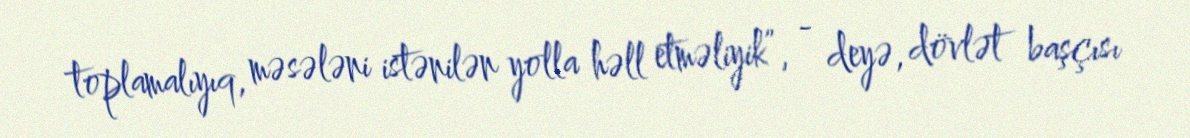
toplamalıyıq, məsələni istənilən yolla həll etməliyik”, - deyə, dövlət başçısı